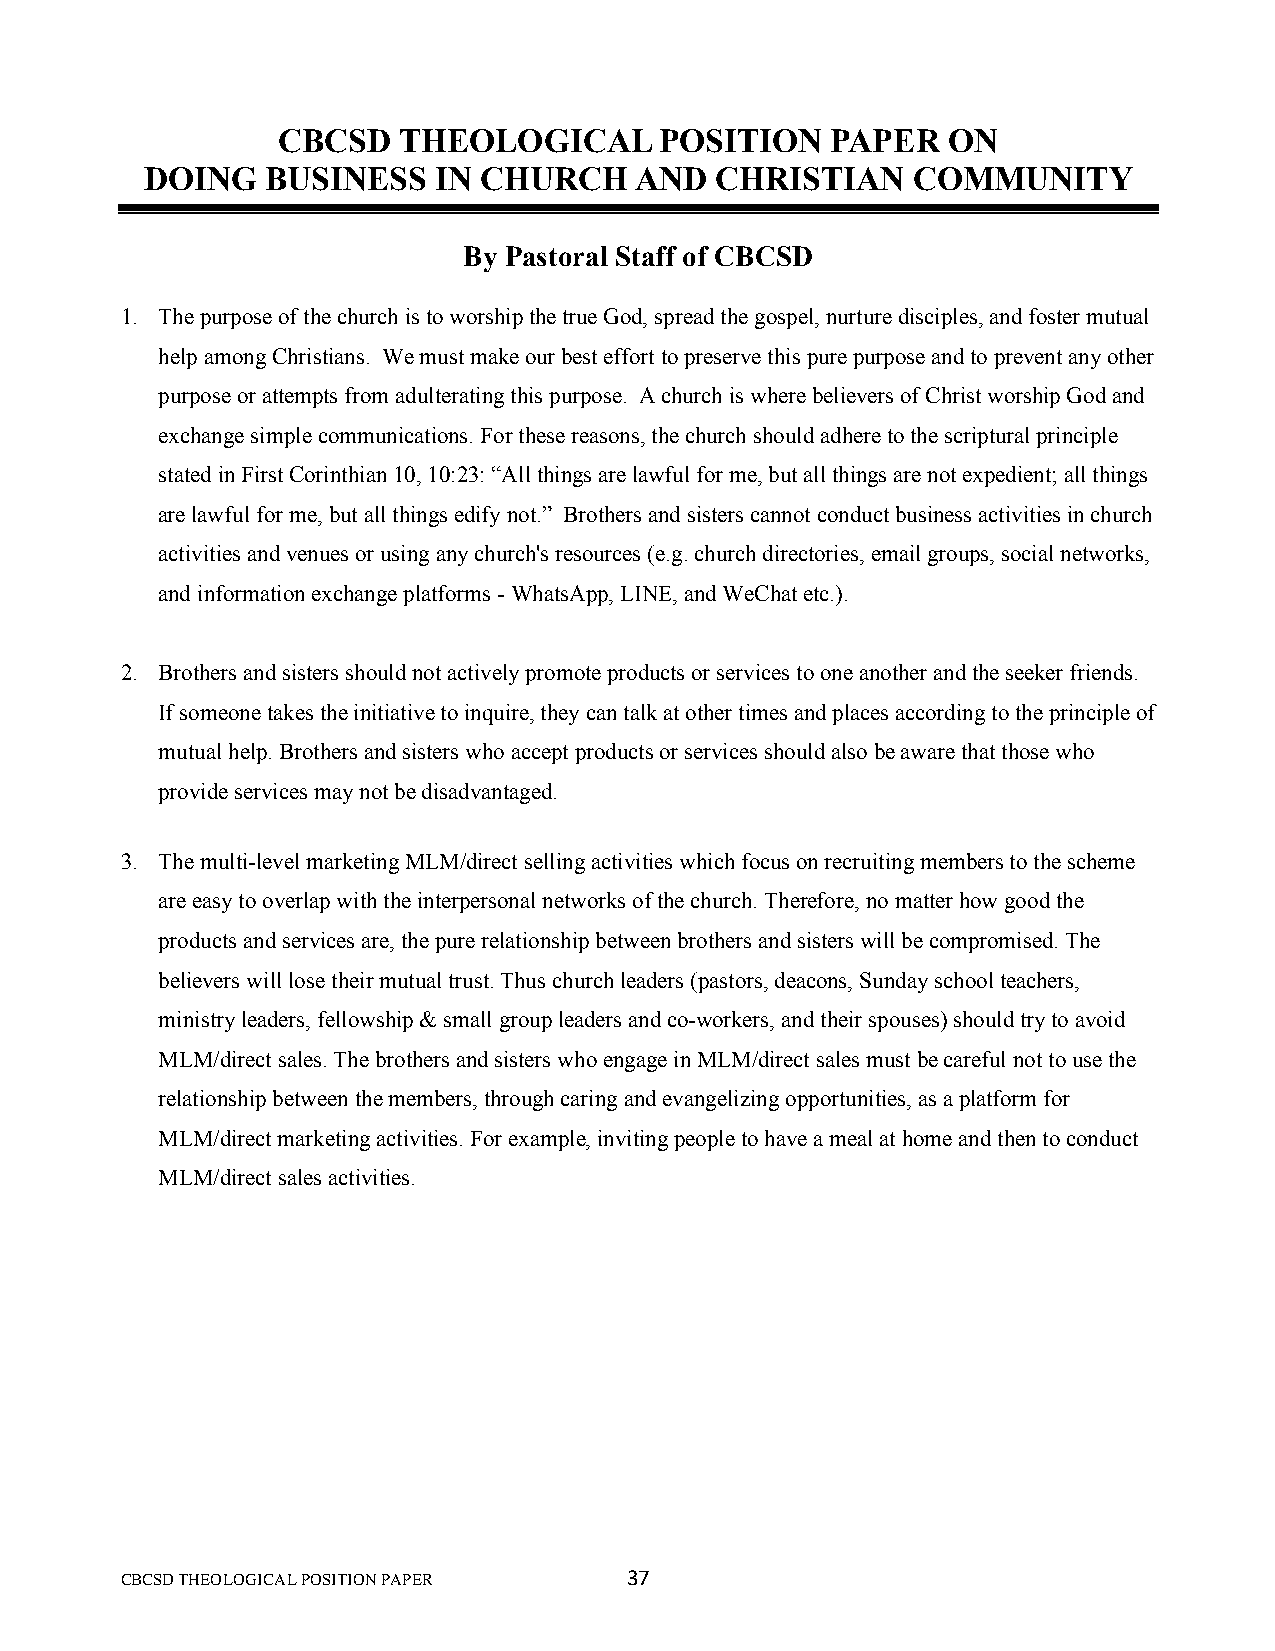
CBCSD   THEOLOGICAL       POSITION   PAPER   ON
 DOING   BUSINESS   IN CHURCH    AND  CHRISTIAN    COMMUNITY
 By Pastoral Staff of CBCSD
 1. The purpose of the church is to worship the true God, spread the gospel, nurture disciples, and foster mutual
 help among Christians. We must make our best effort to preserve this pure purpose and to prevent any other
 purpose or attempts from adulterating this purpose. A church is where believers of Christ worship God and
 exchange simple communications. For these reasons, the church should adhere to the scriptural principle
 stated in First Corinthian 10, 10:23: “All things are lawful for me, but all things are not expedient; all things
 are lawful for me, but all things edify not.” Brothers and sisters cannot conduct business activities in church
 activities and venues or using any church's resources (e.g. church directories, email groups, social networks,
 and information exchange platforms - WhatsApp, LINE, and WeChat etc.).
 2. Brothers and sisters should not actively promote products or services to one another and the seeker friends.
 If someone takes the initiative to inquire, they can talk at other times and places according to the principle of
 mutual help. Brothers and sisters who accept products or services should also be aware that those who
 provide services may not be disadvantaged.
 3. The multi-level marketing MLM/direct selling activities which focus on recruiting members to the scheme
 are easy to overlap with the interpersonal networks of the church. Therefore, no matter how good the
 products and services are, the pure relationship between brothers and sisters will be compromised. The
 believers will lose their mutual trust. Thus church leaders (pastors, deacons, Sunday school teachers,
 ministry leaders, fellowship & small group leaders and co-workers, and their spouses) should try to avoid
 MLM/direct sales. The brothers and sisters who engage in MLM/direct sales must be careful not to use the
 relationship between the members, through caring and evangelizing opportunities, as a platform for
 MLM/direct marketing activities. For example, inviting people to have a meal at home and then to conduct
 MLM/direct sales activities.
 CBCSD THEOLOGICAL POSITION PAPER 37